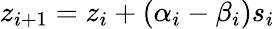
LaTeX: z_{i+1}=z_{i}+(\alpha_{i}-\beta_{i})s_{i}